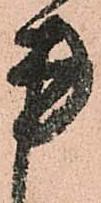
書